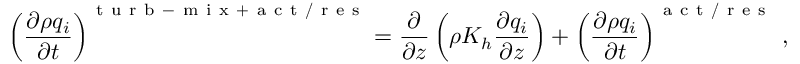
\left( \frac { \partial \rho q _ { i } } { \partial t } \right) ^ { \mathrm { ~ t ~ u ~ r ~ b ~ - ~ m ~ i ~ x ~ + ~ a ~ c ~ t ~ / ~ r ~ e ~ s ~ } } = \frac { \partial } { \partial z } \left( \rho K _ { h } \frac { \partial q _ { i } } { \partial z } \right) + \left( \frac { \partial \rho q _ { i } } { \partial t } \right) ^ { \mathrm { ~ a ~ c ~ t ~ / ~ r ~ e ~ s ~ } } \, ,